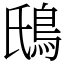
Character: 䲭